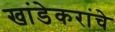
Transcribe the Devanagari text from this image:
खांडेकरांचे